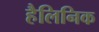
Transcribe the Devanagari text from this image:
हैलिनिक